画像に写った文字を読んでください
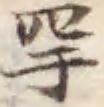
「罕」と書いてあります